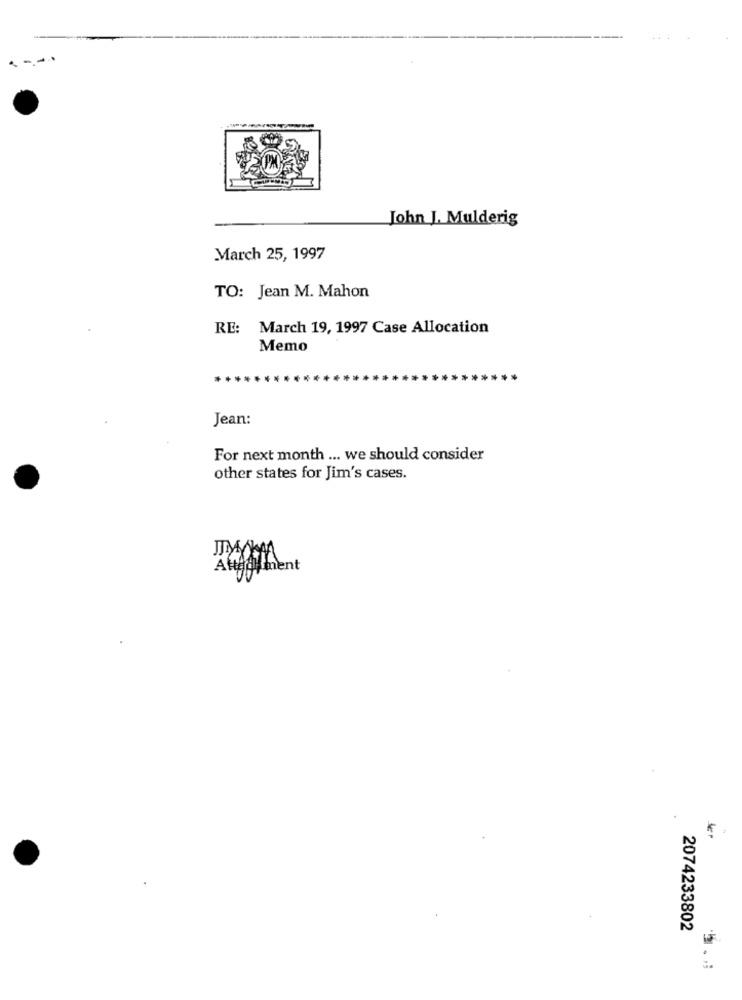
John J. Mulderig
March 25, 1997
TO: Jean M. Mahon
RE:
March 19, 1997 Case Allocation
Memo
Jean:
For next month ... we should consider
other states for Jim's cases.
Attachment
2074233802